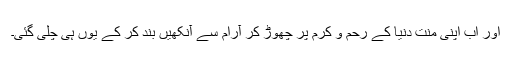
اور اب اپنی منت دنیا کے رحم و کرم پر چھوڑ کر آرام سے آنکھیں بند کر کے یوں ہی چلی گئی۔